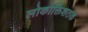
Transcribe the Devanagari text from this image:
लोकोक्तिशतक